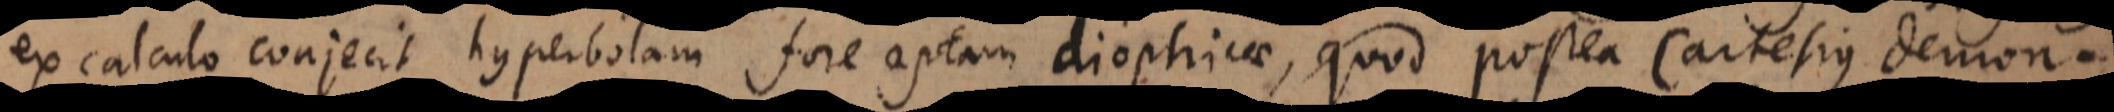
ex calculo conjecit hyperbolam fore aptam dioptricae, quod postea Cartesius demon